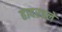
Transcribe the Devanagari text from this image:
हादरवले